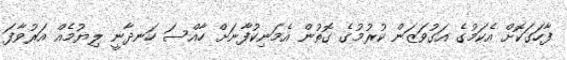
ފާހަގަކޮށް އެކަމުގެ އަގުވަޒަން ކުރުމުގެ ގޮތުން އެމަނިކުފާނަށް ހާއްސަ ހަނދާނީ ލިޔުމެއް އަރުވާފަ